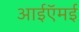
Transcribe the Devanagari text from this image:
आईऍमई